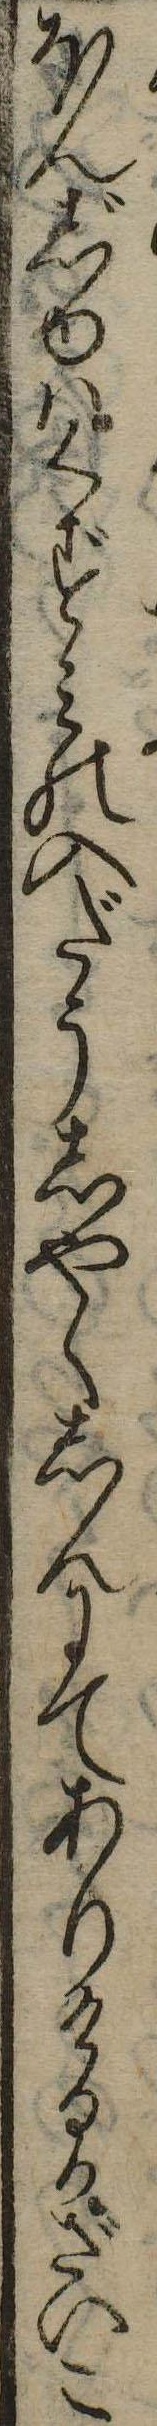
ほんじやはくずみの入だうしやくしんにてありけるかざいこ